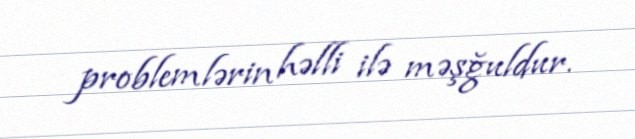
problemlərin həlli ilə məşğuldur.